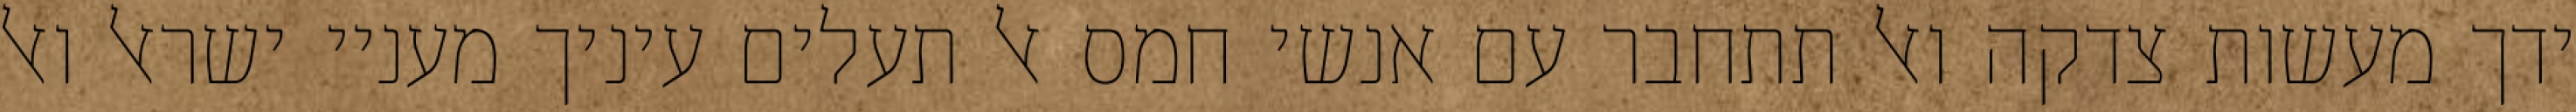
ידך מעשות צדקה ואל תתחבר עם אנשי חמס אל תעלים עיניך מעניי ישראל ואל